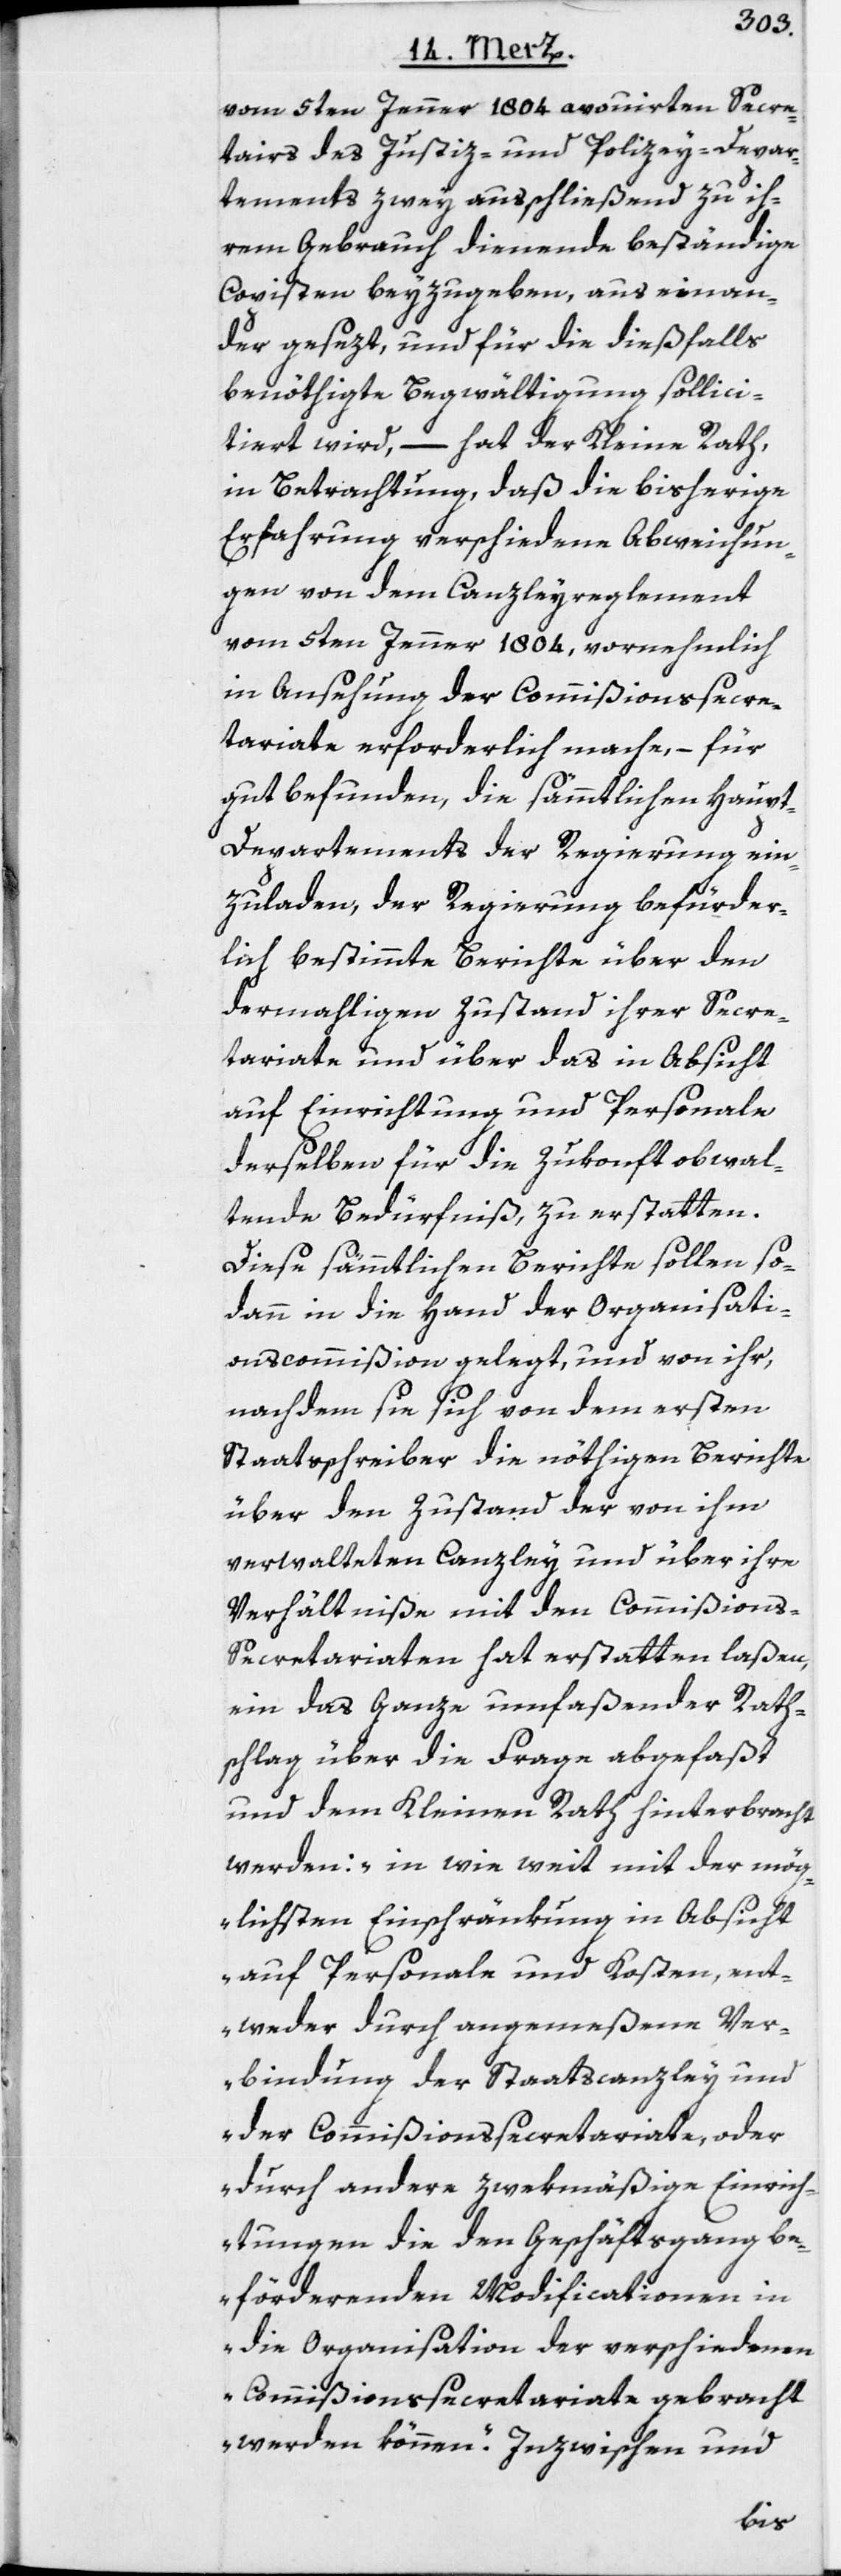
vom 5ten Jenner 1804. avouirten Secre¬
tairs des Justiz- und Polizey-Depar¬
tements zwey ausschließend zu ih¬
rem Gebrauch dienende beständige
Copisten beyzugeben, aus einan¬
der gesezt, und für die dießfalls
benöthigte Begwältigung sollici¬
tiert wird, – hat der Kleine Rath,
in Betrachtung, daß die bisherige
Erfahrung verschiedene Abweichun¬
gen von dem Canzleyreglement
vom 5ten Jenner 1804, vornehmlich
in Ansehung der Commißionssecre¬
tariate erforderlich mache, – für
gut befunden, die sämmtlichen Haup¬
t-Departements der Regierung ein¬
zuladen, der Regierung befürder¬
lich bestimmte Berichte über den
dermahligen Zustand ihrer Secre¬
tariate und über das in Absicht
auf Einrichtung und Personale
derselben für die Zukonft obwal¬
tende Bedürfniß, zu erstatten.
Diese sämmtlichen Berichte sollen so¬
dann in die Hand der Organisati¬
onscommißion gelegt, und von ihr,
nachdem sie sich von dem ersten
Staatsschreiber die nöthigen Berichte
über den Zustand der von ihm
verwalteten Canzley und über ihre
Verhältniße mit den Commißion¬
s-Secretariaten hat erstatten laßen,
ein das Ganze umfaßender Rath¬
schlag über die Frage abgefaßt
und dem Kleinen Rath hinterbracht
werden: „in wie weit mit der mög¬
lichsten Einschränkung in Absicht
auf Personale und Kosten, ent¬
weder durch angemeßene Ver¬
bindung der Staatscanzley und
der Commißionssecretariate, oder
durch andere zwekmäßige Einrich¬
tungen die den Geschäftsgang be¬
förderenden Modificationen in
die Organisation der verschiedenen
Commißionssecretariate gebracht
werden können.“ Inzwischen und